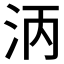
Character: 𬇞